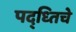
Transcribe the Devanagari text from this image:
पद्ध्तिचे